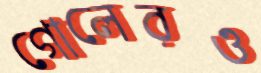
গোলেরও